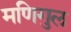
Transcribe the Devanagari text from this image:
मणिगुल